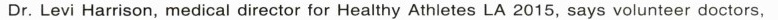
Dr. Levi Harrison, medical director for Healthy Athletes LA 2015, says volunteer doctors,